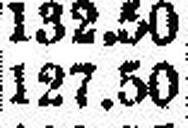
127.50